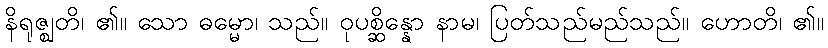
နိရုဇ္ဈတိ၊ ၏။ သော ဓမ္မော၊ သည်။ ဝုပစ္ဆိန္နော နာမ၊ ပြတ်သည်မည်သည်။ ဟောတိ၊ ၏။